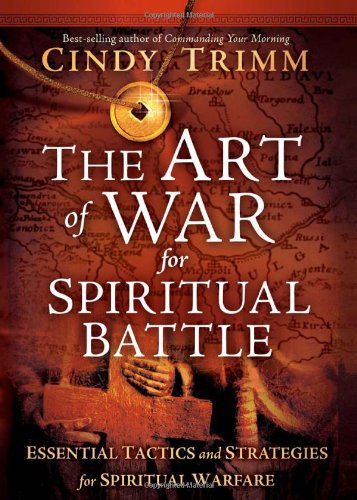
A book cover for The Art of War for Spiritual Battle: Essential Tactics and Strategies for Spiritual Warfare; Cindy Trimm; Christian Books & Bibles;